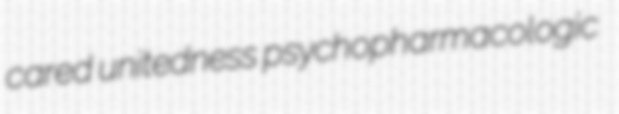
cared unitedness psychopharmacologic